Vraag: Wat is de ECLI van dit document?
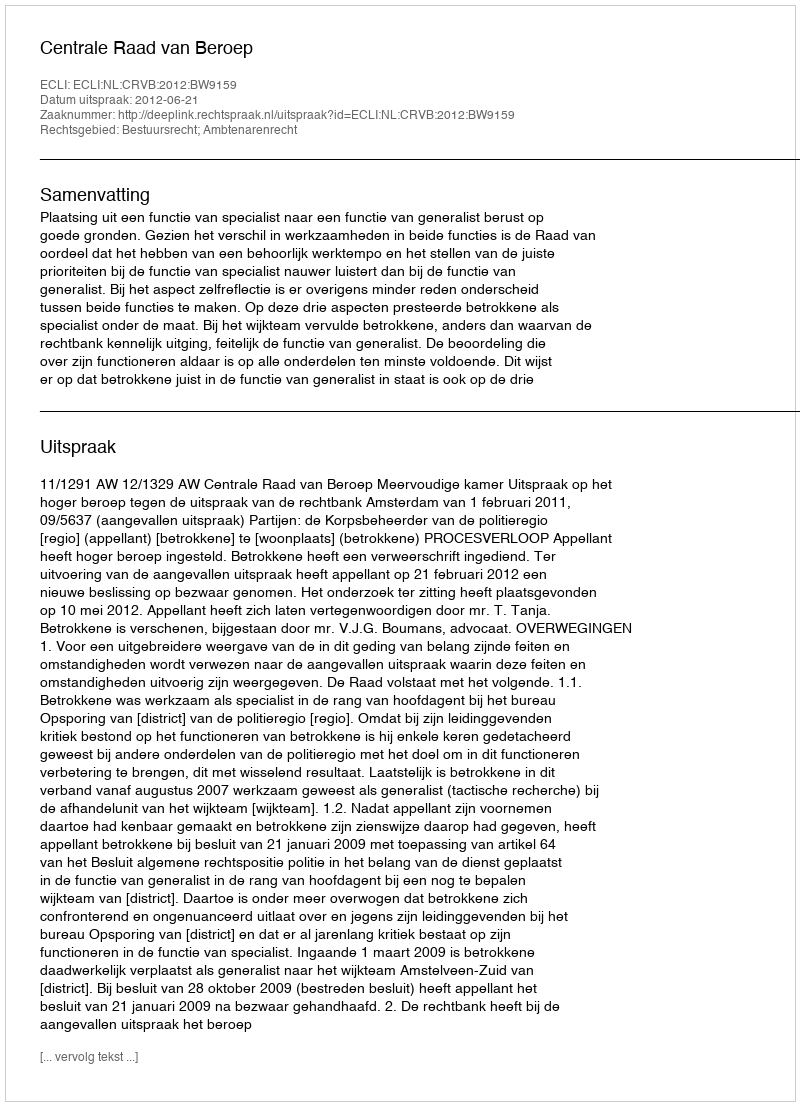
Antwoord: ECLI:NL:CRVB:2012:BW9159